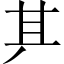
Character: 𠀫